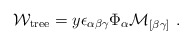
\begin{align*}{\cal W}_{\rm{\small tree}}=y\epsilon_{\alpha\beta\gamma}\Phi_\alpha {\cal M}_{[\beta\gamma]}~.\end{align*}